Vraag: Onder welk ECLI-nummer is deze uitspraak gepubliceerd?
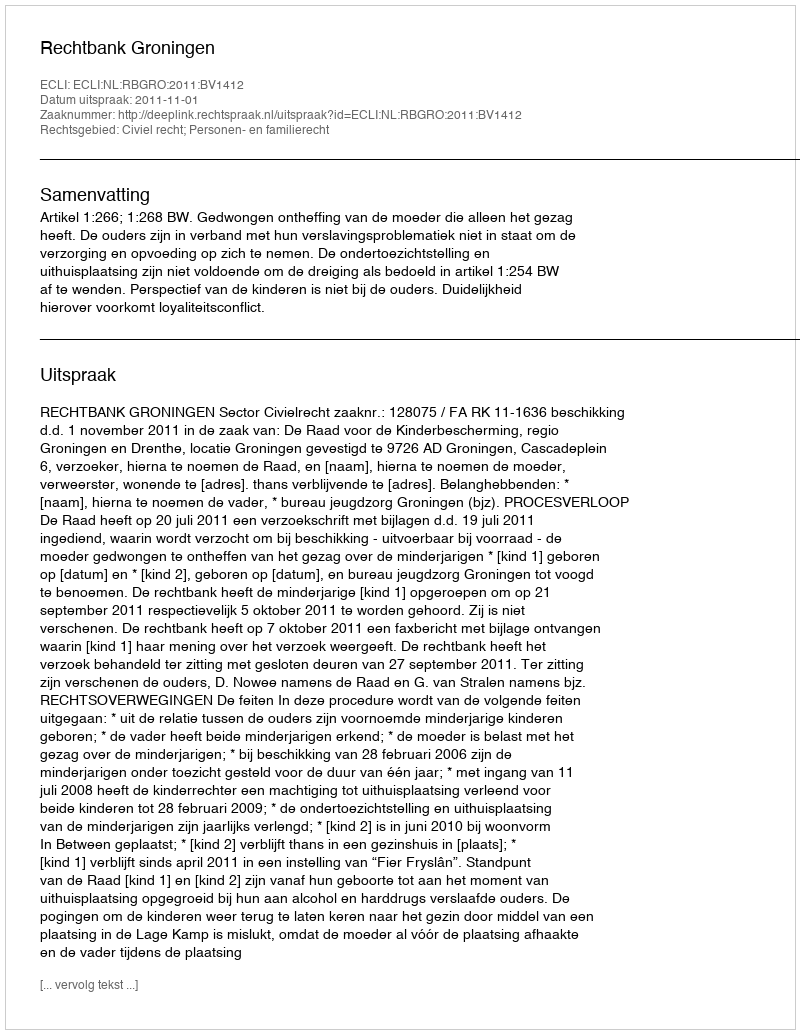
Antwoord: ECLI:NL:RBGRO:2011:BV1412